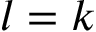
l = k